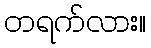
တရက်လား။